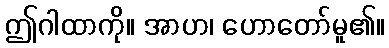
ဤဂါထာကို။ အာဟ၊ ဟောတော်မူ၏။